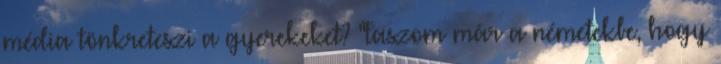
média tönkreteszi a gyerekeket? "Faszom már a németekbe, hogy